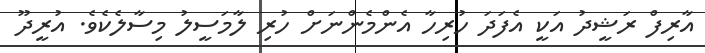
އާރިފް ރަޝީދު އަކީ އެފަދަ ހުރިހާ އެންމެންނަށް ހުރި ލާމަސީލު މިސާލެކެވެ. އުރީދޫ